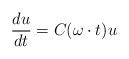
LaTeX: \begin{align*}\frac{du}{dt} = C(\omega \cdot t) u\end{align*}